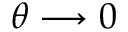
\theta \longrightarrow 0